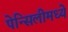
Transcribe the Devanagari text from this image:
पेन्सिलीमध्ये